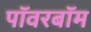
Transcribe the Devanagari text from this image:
पॉवरबॉम